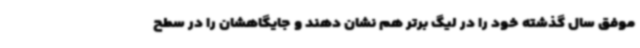
موفق سال گذشته خود را در لیگ برتر هم نشان دهند و جایگاهشان را در سطح